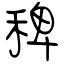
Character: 稗